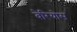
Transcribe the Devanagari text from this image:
बेरियोस